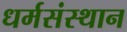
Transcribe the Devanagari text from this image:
धर्मसंस्थान